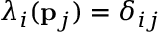
\lambda _ { i } ( { \bf p } _ { j } ) = \delta _ { i j }